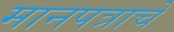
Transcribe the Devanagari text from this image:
मानपत्राचे